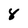
Character: 8